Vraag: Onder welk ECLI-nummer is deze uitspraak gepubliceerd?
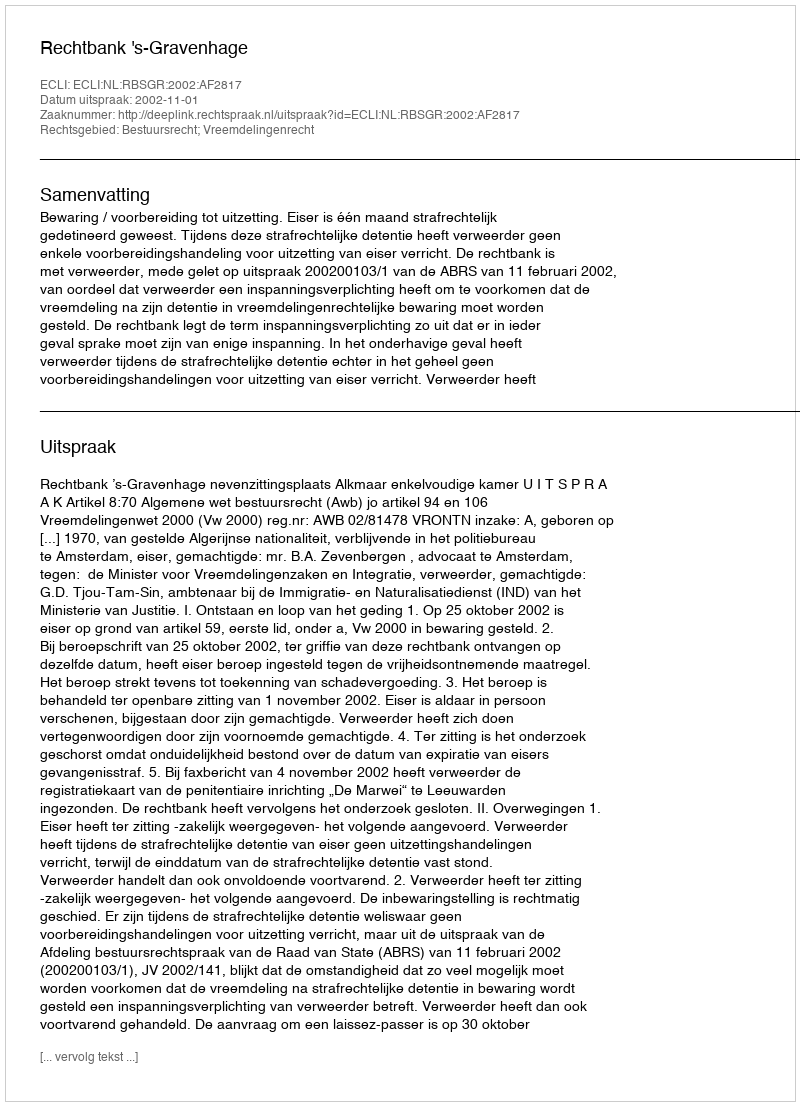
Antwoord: ECLI:NL:RBSGR:2002:AF2817